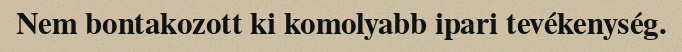
Nem bontakozott ki komolyabb ipari tevékenység.